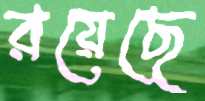
রয়েছে